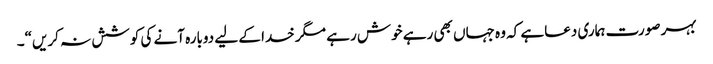
بہر صورت ہماری دعاہے کہ وہ جہاں بھی رہے خوش رہے مگر خدا کے لیے دوبارہ آنے کی کوشش نہ کریں“۔